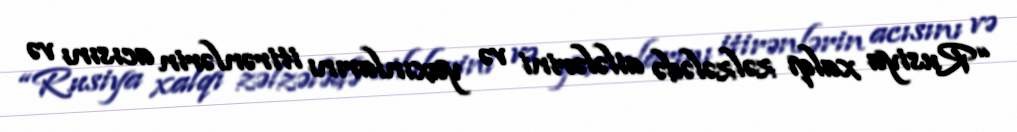
“Rusiya xalqı zəlzələdə ailələrini və yaxınlarını itirənlərin acısını və